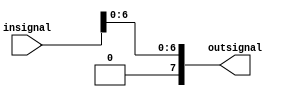
`timescale 1ns / 1ps
//////////////////////////////////////////////////////////////////////////////////
// Company: 
// Engineer: 
// 
// Design Name: 
// Module Name:    zerobit 
// Project Name: 
// Target Devices: 
// Tool versions: 
// Description: 
//
// Dependencies: 
//
// Revision: 
// Revision 0.01 - File Created
// Additional Comments: 
//
//////////////////////////////////////////////////////////////////////////////////
module zerobit( insignal,outsignal
    );
	 input [7:0]insignal;
	 output  [7:0]outsignal;
 
	
	reg [7:0]k=0;

always@(insignal) begin
k[6:0]=insignal[6:0];
end

assign outsignal=k;



endmodule